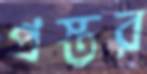
প্রস্তর